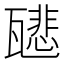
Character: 𤮑